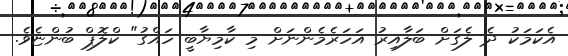
އެކަމަކު ދެ ލެގަށް ބަލާއިރު އަހަރެމެންނަށް މި ކާމިޔާބީ ހައްގު" ކްލޮޕް ބުންޏެވެ.